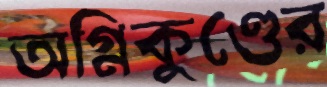
অগ্নিকুণ্ডের